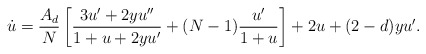
\begin{align*} \dot u=\frac{A_d}{N}\left[\frac{3u'+2yu''}{1+u+2yu'}+(N-1)\frac{u'}{1+u}\right] +2u+(2-d)yu'.\end{align*}